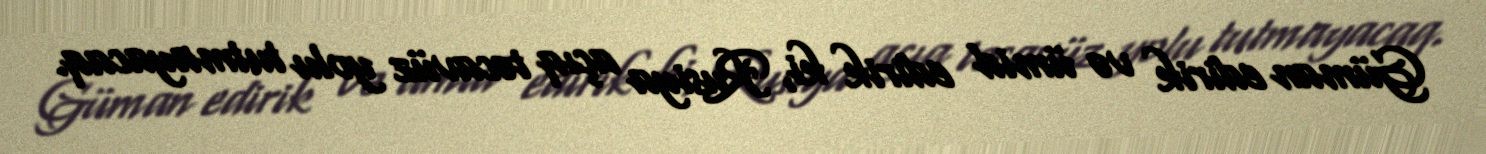
Güman edirik və ümid edirik ki, Rusiya açıq təcavüz yolu tutmayacaq.